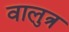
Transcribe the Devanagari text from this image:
वालुत्र